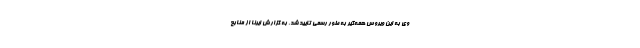
وی به این ویروس همه‌گیر به طور رسمی تایید شد. به گزارش ایرنا از منابع